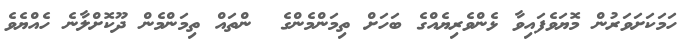
ހަމަކަށަވަރުން މޮޔަވެފައިވާ ޅެންވެރިޔެއްގެ ބަހަށް ތިމަންމެންގެ  ންތައް ތިމަންމެން ދޫކޮށްލާނެ ހެއްޔެވެ